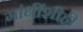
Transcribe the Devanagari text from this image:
गांधींशीही